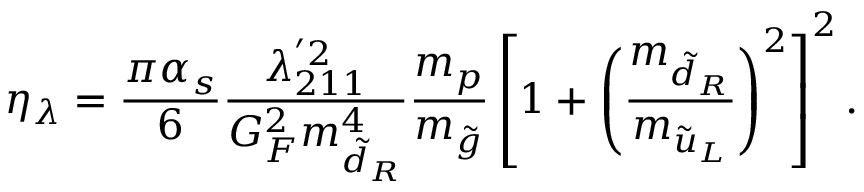
\eta _ { \lambda } = \frac { \pi \alpha _ { s } } { 6 } \frac { \lambda _ { 2 1 1 } ^ { ' 2 } } { G _ { F } ^ { 2 } m _ { \tilde { d } _ { R } } ^ { 4 } } \frac { m _ { p } } { m _ { \tilde { g } } } \left[ 1 + \left( \frac { m _ { \tilde { d } _ { R } } } { m _ { \tilde { u } _ { L } } } \right) ^ { 2 } \right] ^ { 2 } .